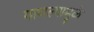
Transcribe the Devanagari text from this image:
गायल्यामुळे